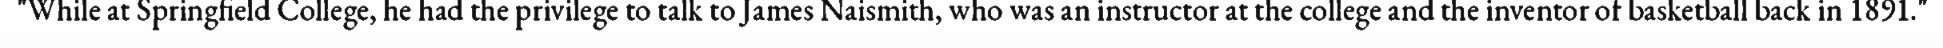
"While at Springfield College, he had the privilege to talk to James Naismith, who was an instructor at the college and the inventor of basketball back in 1891."